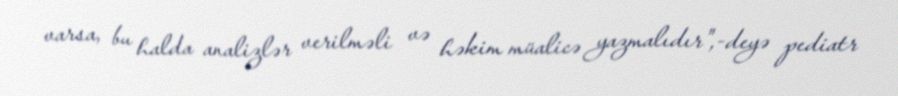
varsa, bu halda analizlər verilməli və həkim müalicə yazmalıdır",-deyə pediatr